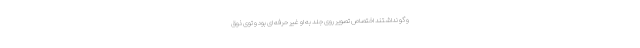
و گو نداشتند اختصاص تصویر روی جلد به او غیر حرفه ای بود و توی ذوق